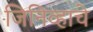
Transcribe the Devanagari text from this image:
जिनिव्हाचे